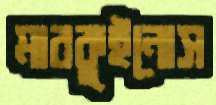
মারকুইনোস